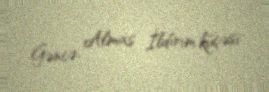
Gəncə, Almas İldırım küçəsi